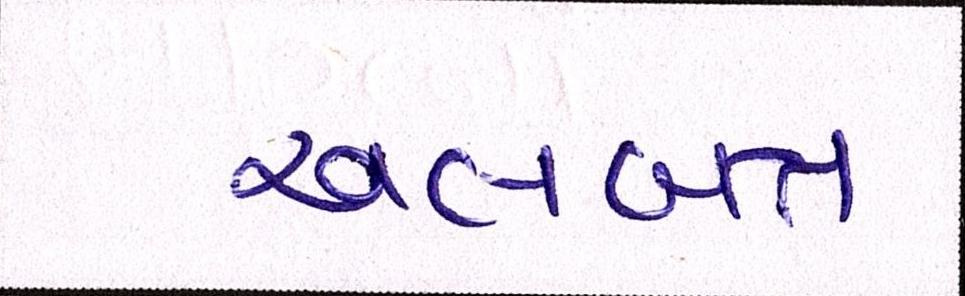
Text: અલબત્ત